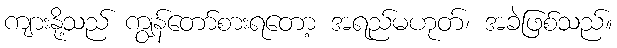
ကျားနို့သည် ကျွန်တော်စားရတော့ အရည်မဟုတ်၊ အခဲဖြစ်သည်။